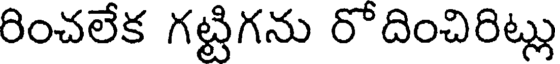
రించలేక గట్టిగను రొదించిరిట్లు